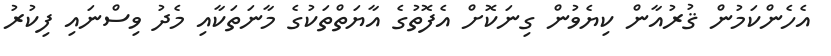
އެހެންކަމުން ޤުރުއާން ކިޔެވުން ގިނަކޮށް އެފޮތުގެ އާޔަތްތަކުގެ މާނަތަކާއި މެދު ވިސްނައި ފިކުރު